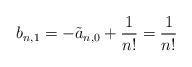
LaTeX: \begin{align*} b_{n,1}=-\tilde{a}_{n,0}+\frac{1}{n!}=\frac{1}{n!}\end{align*}